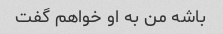
باشه من به او خواهم گفت